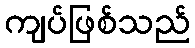
ကျပ်ဖြစ်သည်